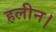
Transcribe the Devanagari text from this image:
हलीन।